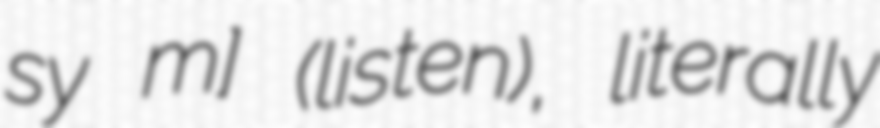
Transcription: syʁ mɛʁ] (listen), literally